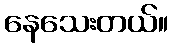
နေသေးတယ်။